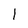
Character: 1